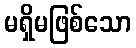
မရှိမဖြစ်သော